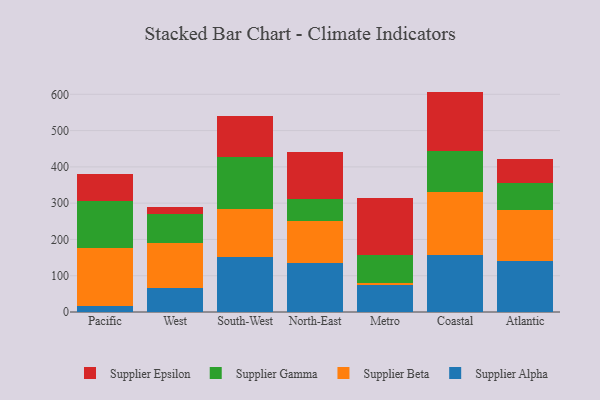
{"axis": {"x": "Region", "y": "Satisfaction Score"}, "legend": ["Supplier Alpha", "Supplier Beta", "Supplier Epsilon", "Supplier Gamma"], "data": [{"x": "Pacific", "y": 17.1, "type": "Supplier Alpha"}, {"x": "Pacific", "y": 158.5, "type": "Supplier Beta"}, {"x": "Pacific", "y": 131.5, "type": "Supplier Gamma"}, {"x": "Pacific", "y": 72.0, "type": "Supplier Epsilon"}, {"x": "West", "y": 65.2, "type": "Supplier Alpha"}, {"x": "West", "y": 124.2, "type": "Supplier Beta"}, {"x": "West", "y": 80.4, "type": "Supplier Gamma"}, {"x": "West", "y": 20.0, "type": "Supplier Epsilon"}, {"x": "South-West", "y": 151.8, "type": "Supplier Alpha"}, {"x": "South-West", "y": 131.3, "type": "Supplier Beta"}, {"x": "South-West", "y": 145.2, "type": "Supplier Gamma"}, {"x": "South-West", "y": 113.2, "type": "Supplier Epsilon"}, {"x": "North-East", "y": 136.4, "type": "Supplier Alpha"}, {"x": "North-East", "y": 113.5, "type": "Supplier Beta"}, {"x": "North-East", "y": 61.1, "type": "Supplier Gamma"}, {"x": "North-East", "y": 129.8, "type": "Supplier Epsilon"}, {"x": "Metro", "y": 75.3, "type": "Supplier Alpha"}, {"x": "Metro", "y": 5.7, "type": "Supplier Beta"}, {"x": "Metro", "y": 77.5, "type": "Supplier Gamma"}, {"x": "Metro", "y": 154.5, "type": "Supplier Epsilon"}, {"x": "Coastal", "y": 156.2, "type": "Supplier Alpha"}, {"x": "Coastal", "y": 174.4, "type": "Supplier Beta"}, {"x": "Coastal", "y": 112.0, "type": "Supplier Gamma"}, {"x": "Coastal", "y": 164.9, "type": "Supplier Epsilon"}, {"x": "Atlantic", "y": 140.9, "type": "Supplier Alpha"}, {"x": "Atlantic", "y": 140.9, "type": "Supplier Beta"}, {"x": "Atlantic", "y": 72.8, "type": "Supplier Gamma"}, {"x": "Atlantic", "y": 68.0, "type": "Supplier Epsilon"}]}